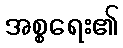
အစ္စရေး၏